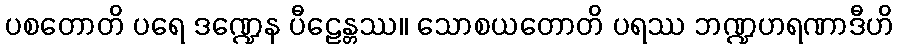
ပစတောတိ ပရေ ဒဏ္ဍေန ပီဠေန္တဿ။ သောစယတောတိ ပရဿ ဘဏ္ဍဟရဏာဒီဟိ